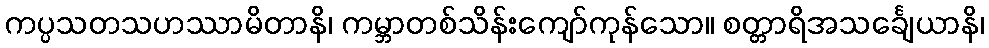
ကပ္ပသတသဟဿာမိတာနိ၊ ကမ္ဘာတစ်သိန်းကျော်ကုန်သော။ စတ္တာရိအသင်္ချေယာနိ၊